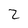
Character: 2